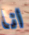
انا